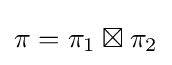
\pi =\pi _{1}\boxtimes \pi _{2}